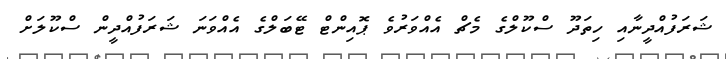
ޝަރަފުއްދީނާއި ހިތަދޫ ސްކޫލްގެ މެޗް އެއްވަރުވެ ޕޮއިންޓް ޓޭބަލްގެ އެއްވަނަ ޝަރަފުއްދީން ސްކޫލަށް